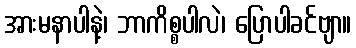
အားမနာပါနဲ့၊ ဘာကိစ္စပါလဲ၊ ပြောပါခင်ဗျာ။